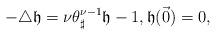
LaTeX: \begin{align*}-\triangle \mathfrak{h}=\nu\theta_{\sharp}^{\nu-1}\mathfrak{h}-1,\mathfrak{h}(\vec{0})=0,\end{align*}